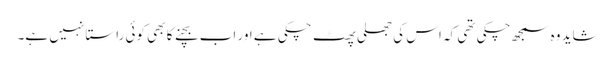
شاید وہ سمجھ چکی تھی کہ اس کی جھلی پھٹ چکی ہے اور اب بچنے کا بھی کوئی راستا نہیں ہے۔